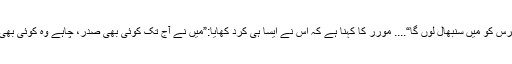
کانگرس کو مَیں سنبھال لوں گا“.... مورر کا کہنا ہے کہ اس نے ایسا ہی کرد کھایا:”مَیں نے آج تک کوئی بھی صدر، چاہے وہ کوئی بھی تھا!